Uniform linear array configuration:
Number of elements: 12
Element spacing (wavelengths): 0.5
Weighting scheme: binomial
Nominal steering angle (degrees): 60
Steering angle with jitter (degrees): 58.533
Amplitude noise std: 0.05
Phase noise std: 0.05

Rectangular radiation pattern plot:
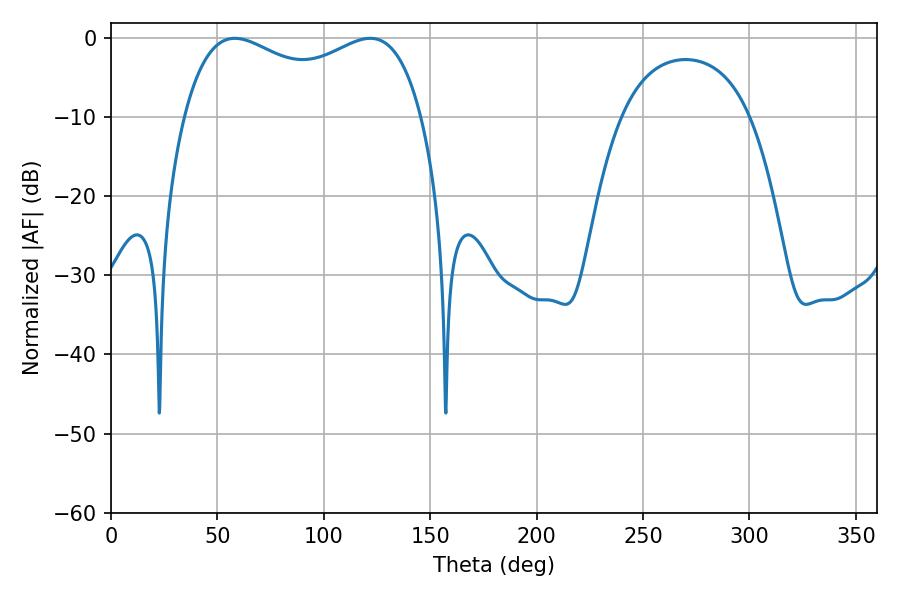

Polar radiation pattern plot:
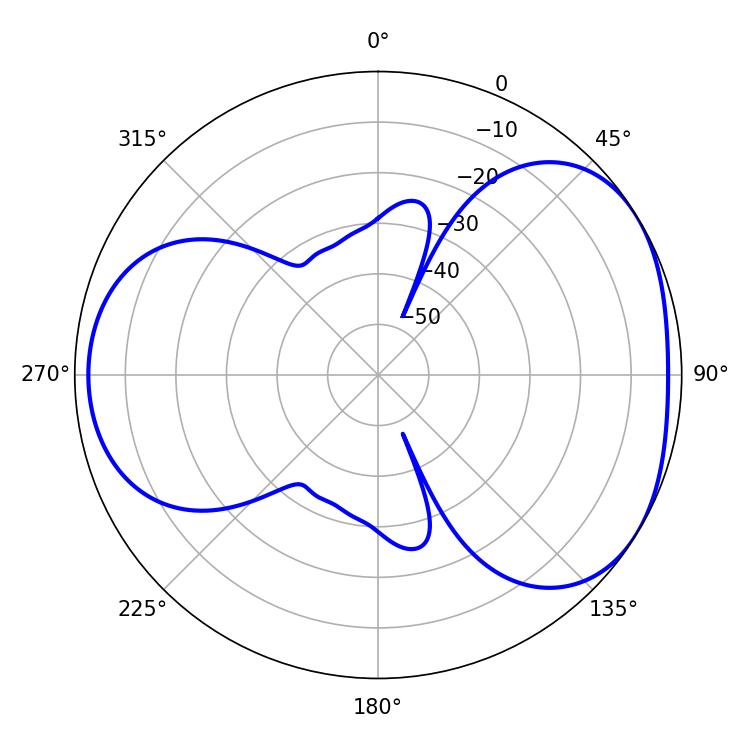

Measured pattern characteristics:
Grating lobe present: FALSE
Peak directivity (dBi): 4.126
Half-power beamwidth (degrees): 92.52
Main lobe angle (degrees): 58.14